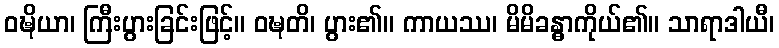
ဝဍ္ဎိယာ၊ ကြီးပွားခြင်းဖြင့်။ ဝဍ္ဎတိ၊ ပွား၏။ ကာယဿ၊ မိမိခန္ဓာကိုယ်၏။ သာရာဒါယီ၊